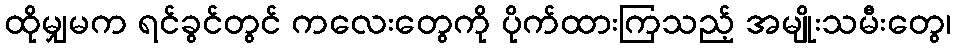
ထိုမျှမက ရင်ခွင်တွင် ကလေးတွေကို ပိုက်ထားကြသည့် အမျိုးသမီးတွေ၊